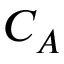
C _ { A }